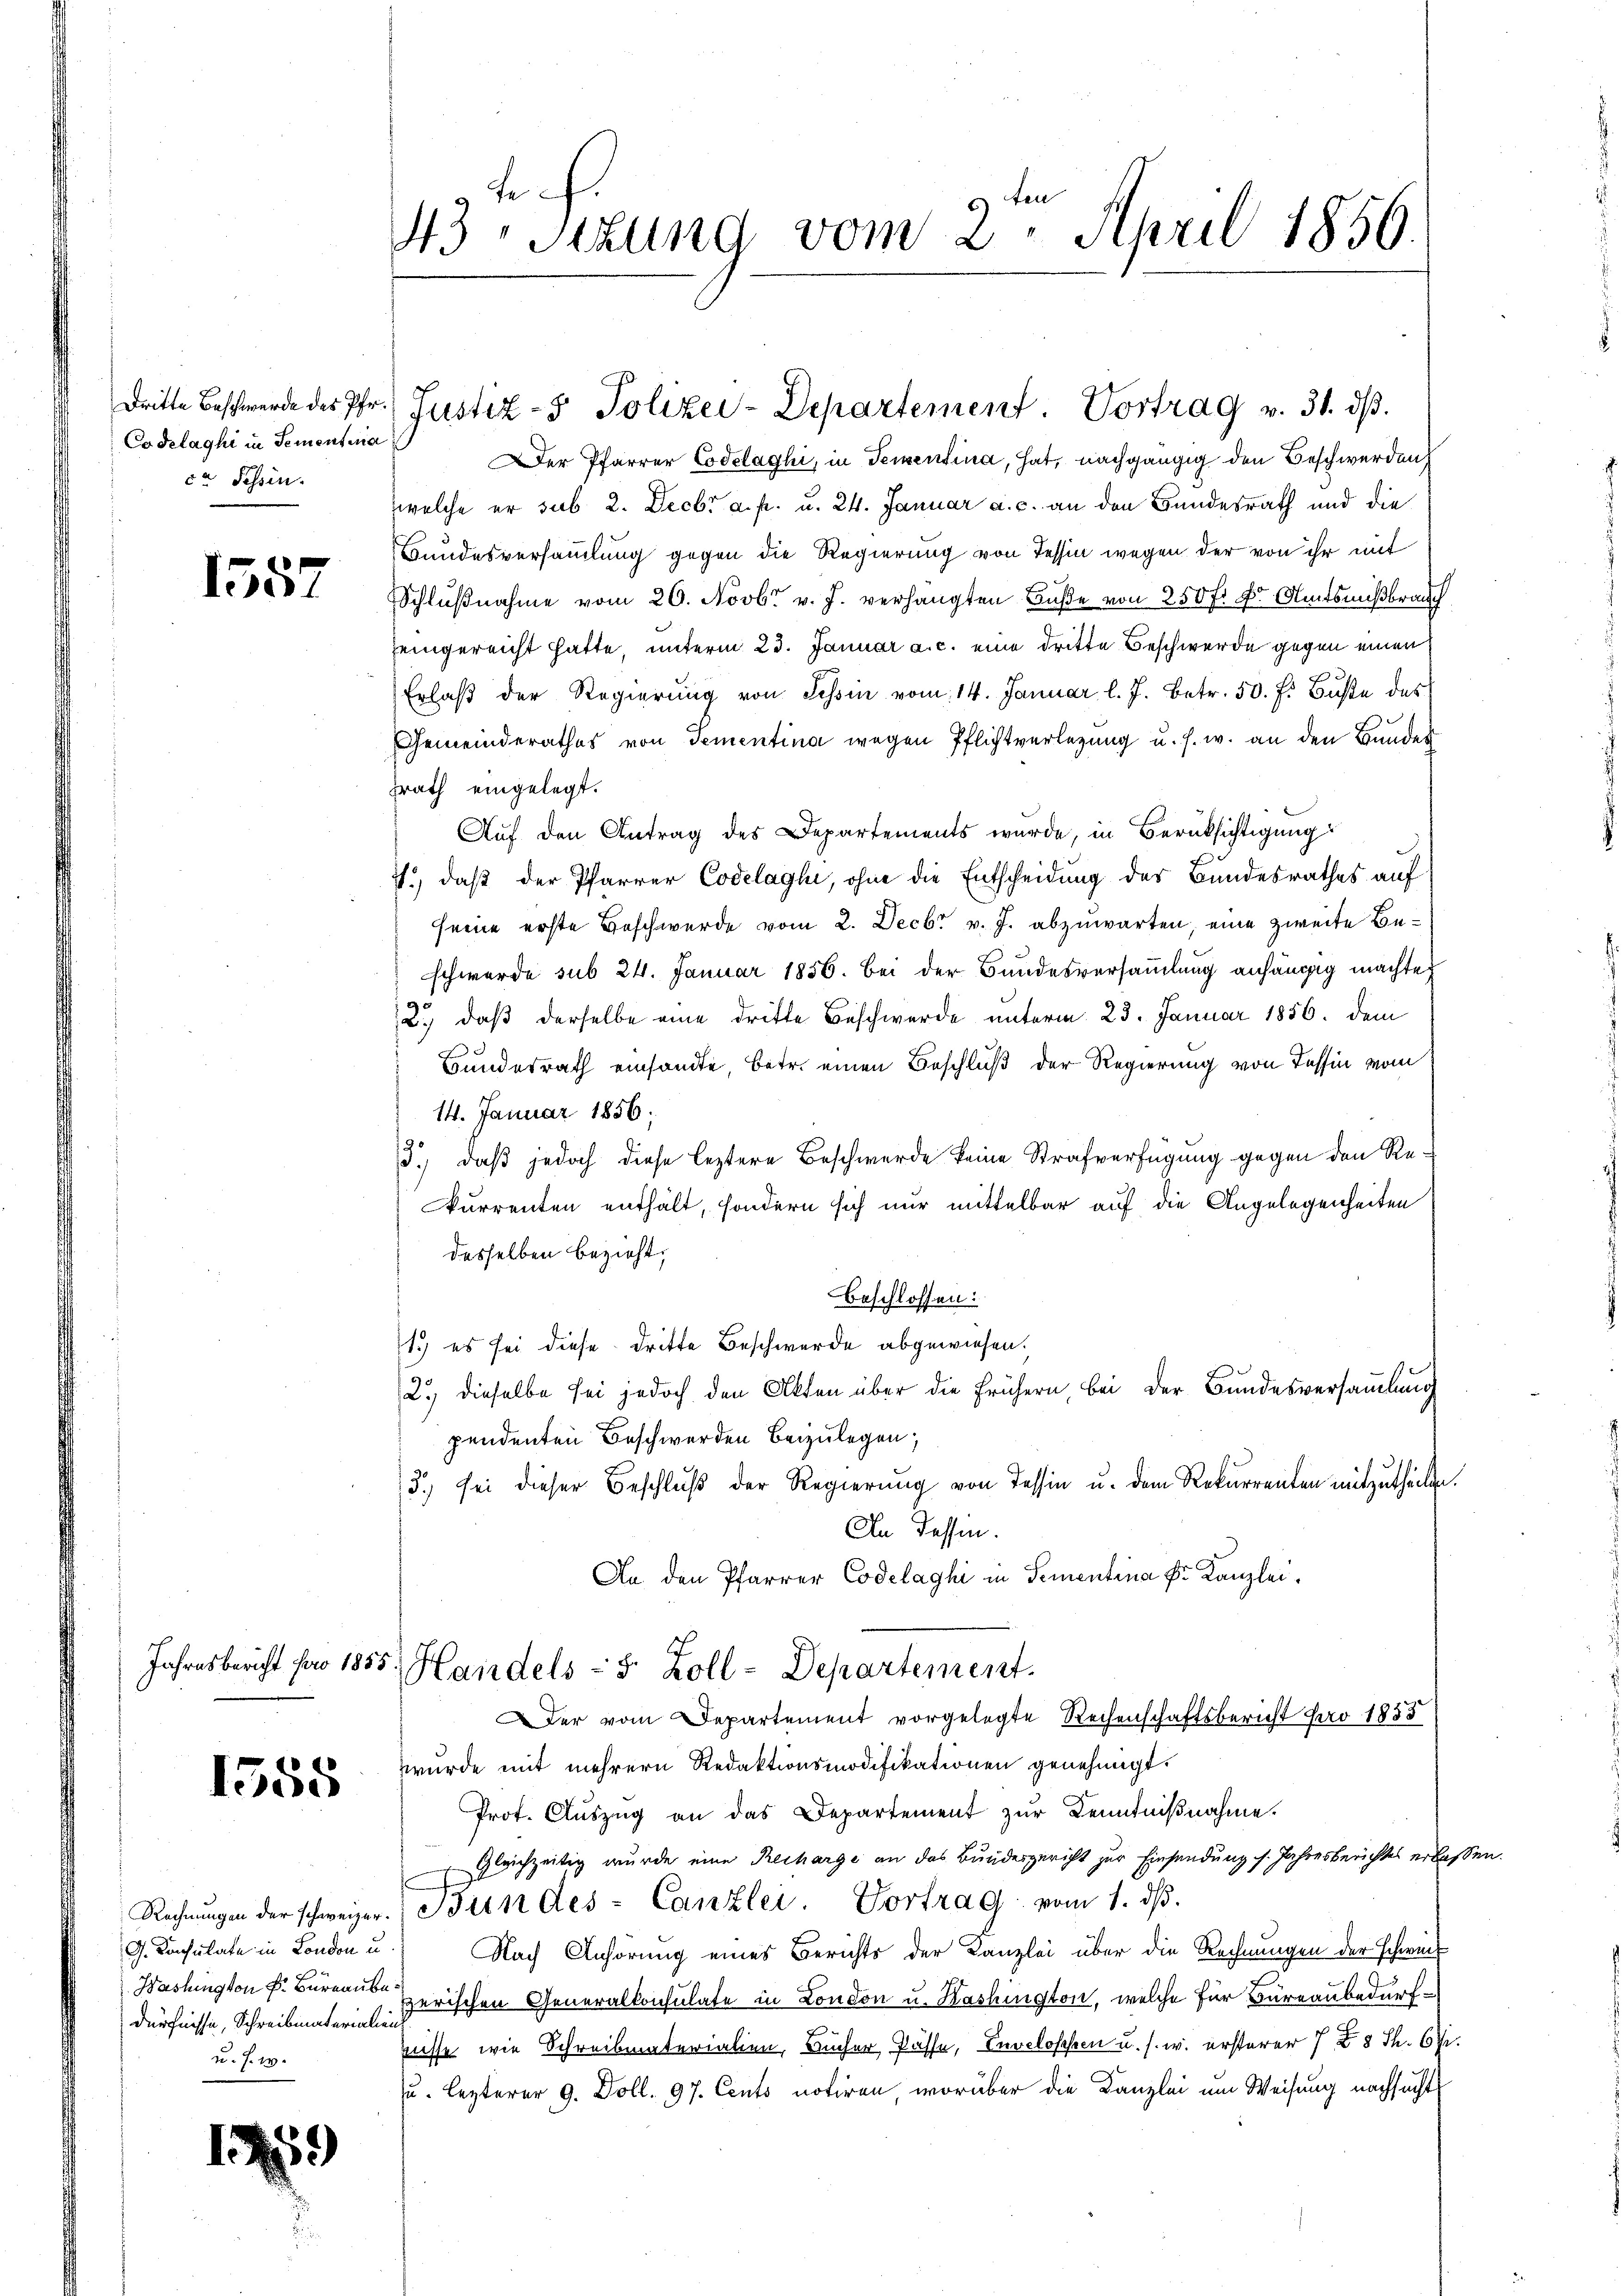
Codelaghi in Sementia
ca Tessin.

x
Io

1558

G. Konsulate in London u
dürfnisse, Schreibmaterialien
v. J. 17.

43Stzung vom 2. April 1856.

Der Pfarrer Codelaghi, in Tementina, hat, nachgängig den Beschwerden
welche er sub. 2. Decbr a. p. u. 24. Januar a. c. an den Bundesrath und die
Bundesversammlung gegen die Regierung von Tessin wegen der von ihr mit
Schlußnahme vom 26. Novbr. v. J. verhängten Buße von 250 fr. Dr Amtsnißbrauch
Zeingereicht hatte, unterm 23. Januar a. c. eine dritte Beschwerde gegen einen
Erlaβ der Regierŭng von Tessin vom 14. Januar l. J. betr. 50. f. Buße des
Gemeinderathes von Tementina wegen Pflichtverlegung u. s. w. an den Bunder
zrath eingelegt.
Auf den Antrag des Departements wurde, in Berücksichtigung
7., daß der Pfarrer Codelaghi, ohne die Entscheidung des Bundesrathes auf
seine erste Beschwerde vom 2. Decbr v. J. abzuwarten, eine zweite Beschwerde sub 24. Januar 1856. bei der Bundesversammlung anhängig machte
2.) daß derselbe eine dritte Beschwerde unterm 23. Januar 1856. dem
Bundesrath einsandte, betr. einen Beschluß der Regierung von Tessin vom
14. Januar 1856;
3.) daß jedoch diese leztere Beschwerde keine Strafverfügung gegen den Rekurrenten enthält, sondern sich nur mittelbar auf die Angelegenheiten
desselben bezieht,
beschlossen:
1.) es sei diese dritte Beschwerde abgewiesen.
2.) dieselbe sei jedoch den Akten über die frühern, bei der Bundesversammlung
pendenten Beschwerden beizulegen;
3.) sei dieser Beschlŭβ der Regierung von Tessin u. dem Rekurrenten mitzutheilen.
An Tessin.
An den Pfarrer Codelaghi in Sementina Dr. Kanzlei.
Jahresbericht für 1855. Handels - 5 Zoll-Departement.
Der vom Departement vorgelegte Rechenschaftsbericht pro 1853
wurde mit mehrern Redaktionsmodifikationen genehmigt.
Prot. Auszug an das Departement zur Kenntnißnahme.
 gleichzeitig wurde eine Recharge an das Bundesgericht zur Einsendung s. Jahresberichtes erlassen
Rechnŭngen der schweizer. Bern des-Canzlei. Vortrag vom 1. dβ.
Nach Anhörung eines Berichts der Kanzlei über die Rechnungen der schweis
Washington Fr. Bureau erischen Generalkonsulate in London u. Washington, welche für Büreaubedürfnisse wie Schreibmaterialien, Bucher Pässe, Invelosessen u. s. w. ersterer 7 f 8 Th. 67.
u. lezterer 9. Doll. 97. Cento notiren, worüber die Kanzlei um Weisung nachsucht

dritte Beschwerde des Pfr. Justiz- & Polizei-Departement. Vortrag v. 31. dβ.